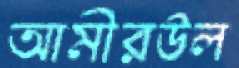
আমীরউল